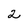
Character: 2